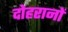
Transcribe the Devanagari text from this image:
दोहरानों